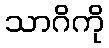
သာဂိကို